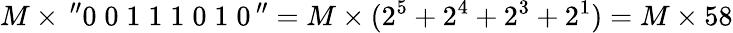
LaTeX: M\times\, ^{\prime\prime}0\; 0\; 1\; 1\; 1\; 0\; 1\; 0\, ^{\prime\prime}=M\times(2^{5}+2^{4}+2^{3}+2^{1})=M\times 58